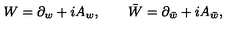
W = \partial _ { w } + i A _ { w } , \qquad \bar { W } = \partial _ { \bar { w } } + i A _ { \bar { w } } ,